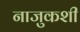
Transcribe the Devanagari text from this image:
नाजुकशी